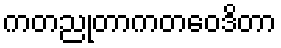
ကတညုတာကတဝေဒိတာ